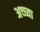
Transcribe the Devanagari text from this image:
अच्च्या